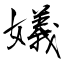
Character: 嬟